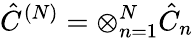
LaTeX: \hat{C}^{(N)}=\otimes_{n=1}^{N}\hat{C}_{n}